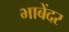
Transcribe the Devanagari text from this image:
भाबेंदर